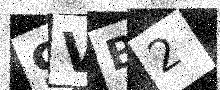
Text: 9VB2